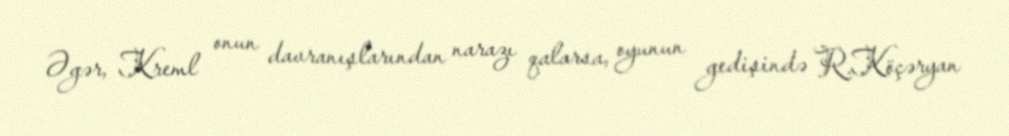
Əgər, Kreml onun davranışlarından narazı qalarsa, oyunun gedişində R.Köçəryan